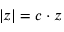
| z | = c \cdot z